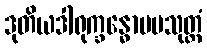
ဒုတိယဒါရုက္ခန္ဓောပမသုတ္တံ